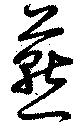
燕